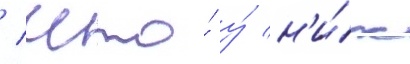
/ что́ у́ н'и́х